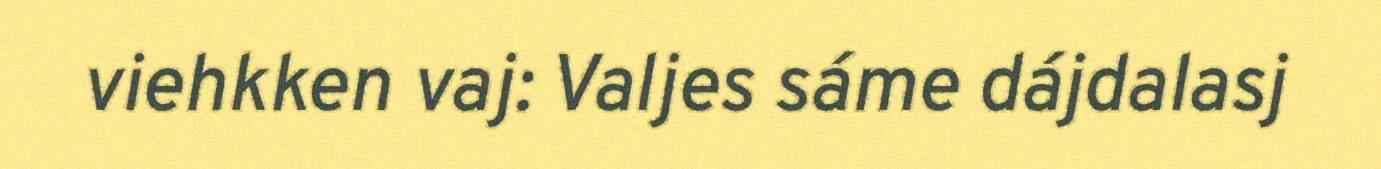
viehkken vaj: Valjes sáme dájdalasj